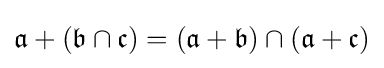
{\mathfrak {a}}+({\mathfrak {b}}\cap {\mathfrak {c}})=({\mathfrak {a}}+{\mathfrak {b}})\cap ({\mathfrak {a}}+{\mathfrak {c}})